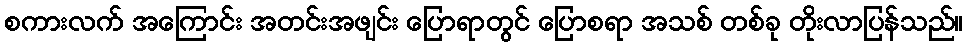
စကားလက် အကြောင်း အတင်းအဖျင်း ပြောရာတွင် ပြောစရာ အသစ် တစ်ခု တိုးလာပြန်သည်။